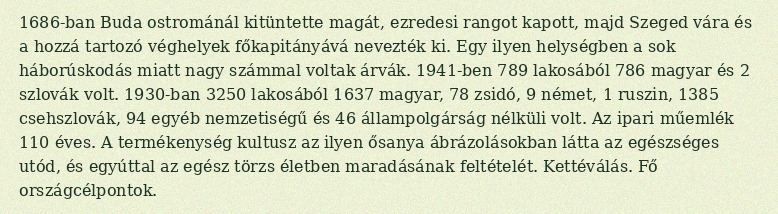
1686-ban Buda ostrománál kitüntette magát, ezredesi rangot kapott, majd Szeged vára és a hozzá tartozó véghelyek főkapitányává nevezték ki. Egy ilyen helységben a sok háborúskodás miatt nagy számmal voltak árvák. 1941-ben 789 lakosából 786 magyar és 2 szlovák volt. 1930-ban 3250 lakosából 1637 magyar, 78 zsidó, 9 német, 1 ruszin, 1385 csehszlovák, 94 egyéb nemzetiségű és 46 állampolgárság nélküli volt. Az ipari műemlék 110 éves. A termékenység kultusz az ilyen ősanya ábrázolásokban látta az egészséges utód, és egyúttal az egész törzs életben maradásának feltételét. Kettéválás. Fő országcélpontok.